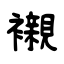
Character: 襯